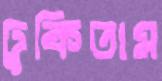
ঢুকিতাম